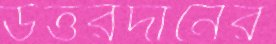
উত্তরদানের